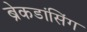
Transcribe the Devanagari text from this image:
ब्रेकडांसिंग